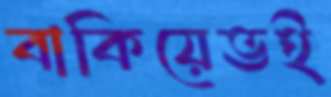
বাকিয়েভই